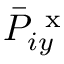
\bar { P } _ { i y } ^ { \mathrm { ~ x ~ } }